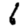
Digit: 6